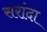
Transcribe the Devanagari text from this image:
सरांदा